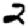
Digit: 2